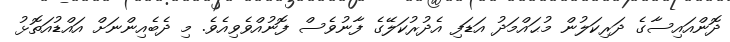
ދޮންއައިސާގެ ދަރިކަލުން މުޙައްމަދު އަޑަފި އެދުރުކަލޭގެ ފާނުވެސް ފޮނުއްވެވިއެވެ. މި ދެބެއިންނަށް އައްޑުއަތޮޅު